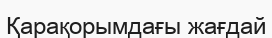
Қарақорымдағы жағдай